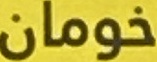
خومان